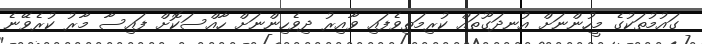
ގައުމުތަކުގެ މީހުންނަށް އުނދަގޫތައް ކުރިމަތިވެފައި ވާއިރު ދިވެހިންނަށް ހާއްސަކޮށް ފައިސާ މާރު ކުރެވޭނެ